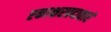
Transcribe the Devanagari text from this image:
एकाक्षरप्रदातारं